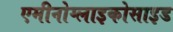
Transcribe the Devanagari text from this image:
एमीनोग्लाइकोसाइड